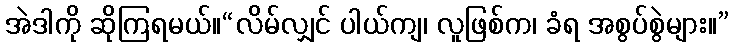
အဲဒါကို ဆိုကြရမယ်။“လိမ်လျှင် ပါယ်ကျ၊ လူဖြစ်က၊ ခံရ အစွပ်စွဲများ။”